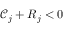
\mathcal { C } _ { j } + R _ { j } < 0